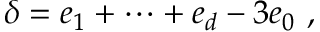
\delta = e _ { 1 } + \dots + e _ { d } - 3 e _ { 0 } \ ,